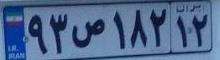
۹۳ص۱۸۲۱۲